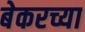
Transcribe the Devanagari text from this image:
बेकरच्या